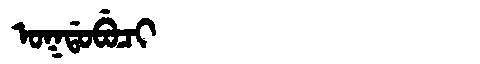
Manchu: ᠣᡴᡩᠣᠪᡠᠴᡳ
Romanization: OKDOBUCI